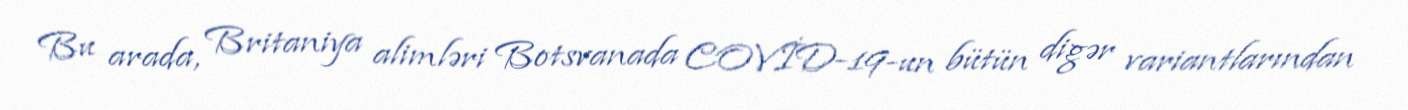
Bu arada, Britaniya alimləri Botsvanada COVİD-19-un bütün digər variantlarından